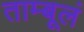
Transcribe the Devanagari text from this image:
ताम्बूलं